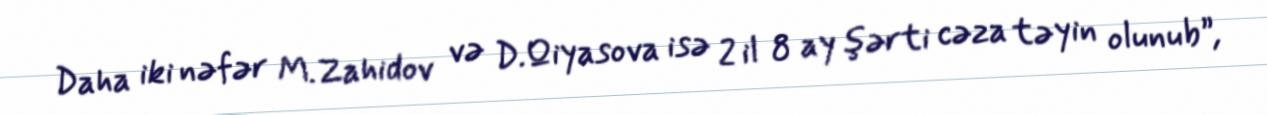
Daha iki nəfər M.Zahidov və D.Qiyasova isə 2 il 8 ay şərti cəza təyin olunub”,